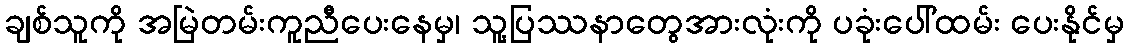
ချစ်သူကို အမြဲတမ်းကူညီပေးနေမှ၊ သူ့ပြဿနာတွေအားလုံးကို ပခုံးပေါ်ထမ်း ပေးနိုင်မှ